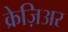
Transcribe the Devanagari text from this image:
क्रेज़िअर